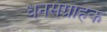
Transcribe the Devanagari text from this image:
धनसंग्राहक